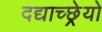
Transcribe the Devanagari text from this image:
दद्याच्छ्रेयो